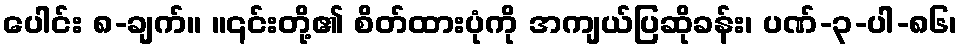
ပေါင်း ၈-ချက်။ ။၎င်းတို့၏ စိတ်ထားပုံကို အကျယ်ပြဆိုခန်း၊ ပဏ်-၃-ပါ-၈၆၊